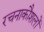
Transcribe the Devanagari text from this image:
रचनाकौशलों